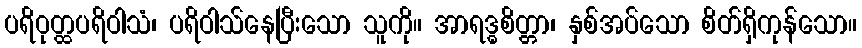
ပရိဝုတ္ထပရိဝါသံ၊ ပရိဝါသ်နေပြီးသော သူကို။ အာရဒ္ဓစိတ္တာ၊ နှစ်အပ်သော စိတ်ရှိကုန်သော။